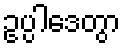
ဥပ္ပါဒေတွာ